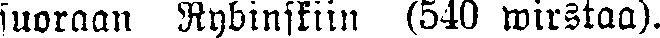
suoraan Rybinskiin (548 wirstaa).